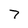
Character: 7